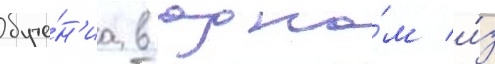
обуче́н'иа в одно́м и́з